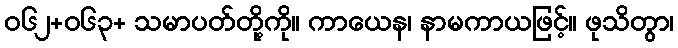
ဝ၆၂+၀၆၃+ သမာပတ်တို့ကို။ ကာယေန၊ နာမကာယဖြင့်။ ဖုသိတွာ၊